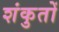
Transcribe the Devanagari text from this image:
शंकुतों